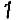
1